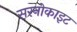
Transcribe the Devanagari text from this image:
सरनोकाइट